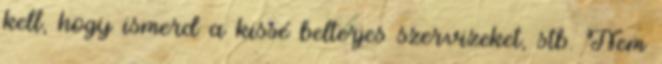
kell, hogy ismerd a kissé belterjes szervizeket, stb. Nem